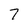
Character: 7